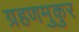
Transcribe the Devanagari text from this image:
ग्रहणमुकुर